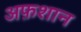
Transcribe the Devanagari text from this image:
अफ़शान